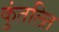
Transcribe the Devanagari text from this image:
कुंतलित